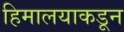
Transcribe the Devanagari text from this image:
हिमालयाकडून